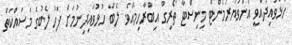
ހުޅުވައިދެއްވީ އެންވަޔަރަމެންޓް މިނިސްޓާ ތޯރިގް އިބްރާހިމްއެވެ. ލެބް ހުޅުވައިދިނުމަށް ފަހު ލެބުގެ މަސައްކަތް